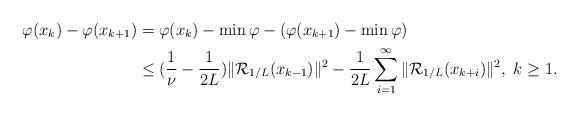
LaTeX: \begin{align*}\varphi(x_k)-\varphi(x_{k+1})&=\varphi(x_k)-\min \varphi-(\varphi(x_{k+1})-\min \varphi) \\ &\leq (\frac{1}{\nu}-\frac{1}{2L})\|\mathcal{R}_{1/L}(x_{k-1})\|^2-\frac{1}{2L}\sum_{i=1}^\infty\|\mathcal{R}_{1/L}(x_{k+i})\|^2, ~k\geq 1.\end{align*}